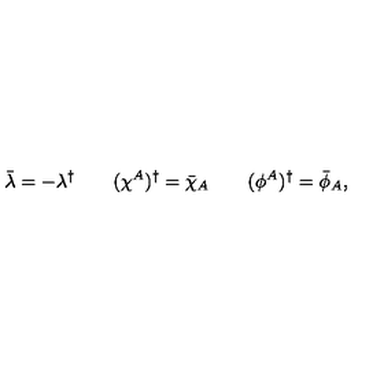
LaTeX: \bar { \lambda } = - \lambda ^ { \dagger } \qquad ( \chi ^ { A } ) ^ { \dagger } = \bar { \chi } _ { A } \qquad ( \phi ^ { A } ) ^ { \dagger } = \bar { \phi } _ { A } ,